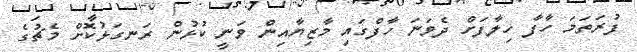
ފުރަތަމަ ހާފާ ހިލާފަށް ދެވަނަ ހާފްގައި މާޒިޔާއިން ވަނީ ކުޅުން ރަނގަޅުކޮށް މެޗުގެ